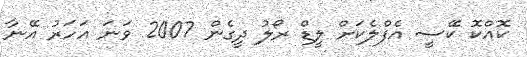
ކޮއްކޮ ކޭސީ އެފްލެކަށް ލީޑް ރޯލު ދީގެން 2007 ވަނަ އަހަރު އޭނާ